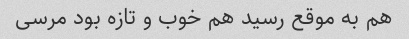
هم به موقع رسید هم خوب و تازه بود مرسی